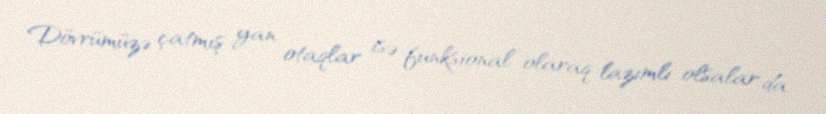
Dövrümüzə çatmış yan otaqlar isə funksional olaraq lazımlı olsalar da,